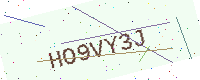
Text: HO9VY3J